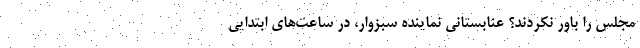
مجلس را باور نکردند؟ عنابستانی نماینده سبزوار، در ساعت‌های ابتدایی